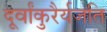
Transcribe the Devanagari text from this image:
दूर्वांकुरैर्यजति